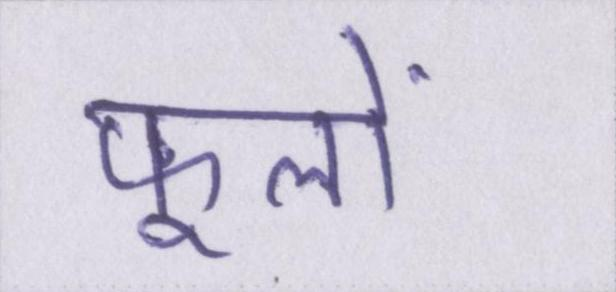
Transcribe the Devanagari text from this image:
फूलों